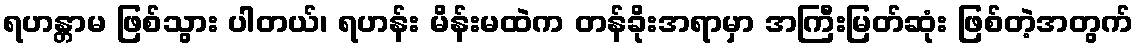
ရဟန္တာမ ဖြစ်သွား ပါတယ်၊ ရဟန်း မိန်းမထဲက တန်ခိုးအရာမှာ အကြီးမြတ်ဆုံး ဖြစ်တဲ့အတွက်